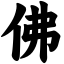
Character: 佛